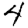
Digit: 4